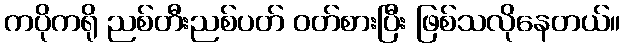
ကပိုကရို ညစ်တီးညစ်ပတ် ဝတ်စားပြီး ဖြစ်သလိုနေတယ်။